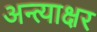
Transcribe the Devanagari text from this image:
अन्त्याक्षर